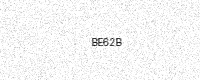
Text: BE62B